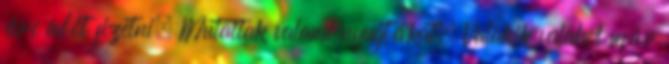
évre adót fizetni. Mutattak valami nyugtákat. Valakik valahol már